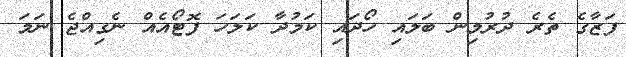
ފަޒާގެ ތެރެ ދުރުމިން ބަލައި ހޯދައި ކަމުދާ ކަލަހަ ފޮޓޯއެއް ނެގިއްޖެ ނަމަ